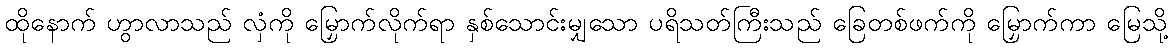
ထိုနောက် ဟွာလာသည် လှံကို မြှောက်လိုက်ရာ နှစ်သောင်းမျှသော ပရိသတ်ကြီးသည် ခြေတစ်ဖက်ကို မြှောက်ကာ မြေသို့